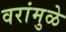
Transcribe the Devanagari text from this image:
वरांमुळे